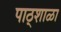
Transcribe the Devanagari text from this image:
पाठ्शाळा